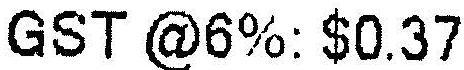
GST @6%: $0.37